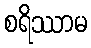
စရိဿာမ